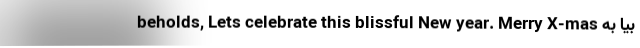
beholds, Lets celebrate this blissful New year. Merry X-mas بیا به